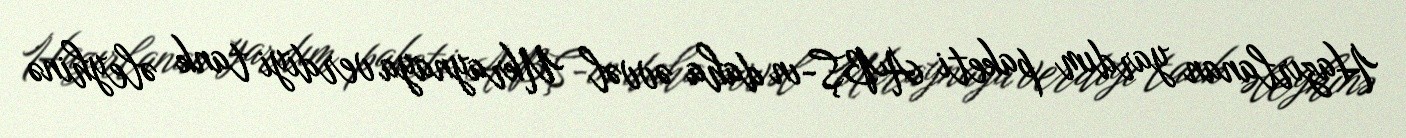
Hazırlanan yardım paketi ABŞ-ın daha əvvəl Ukraynaya verdiyi tank əleyhinə